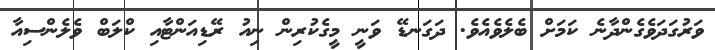
ވަރުގަދަވެގެންދާނެ ކަމަށް ބެލެވެއެވެ. ދަގަނޑޭ ވަނީ މީގެކުރިން ނިއު ރޭޑިއަންޓާއި ކްލަބް ވެލެންސިއާ